Sketch of the medical history of the native army of Bombay, for the year
Year: 1876
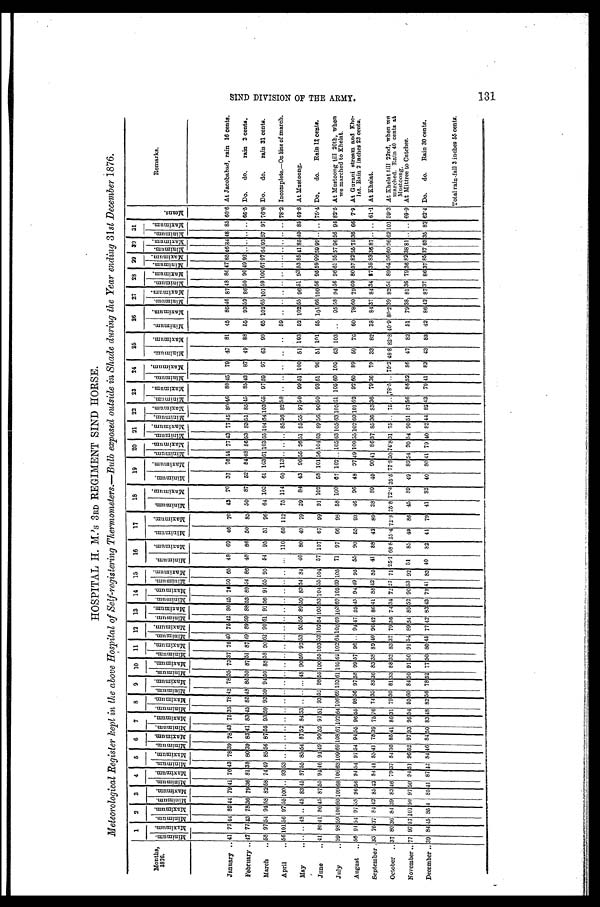
HOSPITAL H. M.'s 3RD REGIMENT SIND HORSE.
Meteorological Register kept in the above Hospital of Self-registering Thermometers.—Bulb exposed outside in Shade during the Year ending 31st December 1876.
M o n t h s , 1 8 7 6 .
1 2 3 4 5 6 7 8 9 10 11 12 13 14 15 16
17
18
19 20 21 22 23 24
25
26 27 28 29 30 31
M i n i m u m . M a x i m u m . M i n i m u m . M a x i m u m . M i n i m u m . M a x i m u m . M i n i m u m . M a x i m u m . M i n i m u m . M a x i m u m . M i n i m u m . M a x i m u m .
M i n i m u m .
Maximum.
M i n i m u m .
M a x i m u m . M i n i m u m . M a x i m u m . M i n i m u m . M a x i m u m . M i n i m u m . M a x i m u m . M i n i m u m . M a x i m u m . M i n i m u m . M a x i m u m . M i n i m u m . M a x i m u m . M i n i m u m . M a x i m u m .
M i n i m u m .
M a x i m u m .
M i n i m u m . M a x i m u m . M i n i m u m . M a x i m u m . M i n i m u m .
M a x i m u m . M i n i m u m . M a x i m u m . M i n i m u m . M a x i m u m .
M i n i m u m .
M a x i m u m . M i n i m u m . M a x i m u m . M i n i m u m . M a x i m u m .
M i n i m u m . M a x i m u m . M i n i m u m . M a x i m u m .
M i n i m u m . M a x i m u m . M i n i m u m . M a x i m u m .
M i n i m u m . M a x i m u m . M i n i m u m . M a x i m u m . M i n i m u m .
M a x i m u m .
Means.
Remarks.
January .. 41 77 44 82 44 79 41 76 43 78 39 78 43 75 35 7842 78 35 73 37 76 40 75 42 80 45 7650 65 48 69 46 70 43 70 37 76 44 77 43 77 45 80 46 80 45 79 47 81 45 85 46 87 48 86 47 85 46 84 48 85 60.6 At Jacobabad, rain 16 cents.
February .. 47 77 4 3 78 36 79 36 81 38 80 39 83 41 83 45 85 4 8 85 50 87 51 87 49 89 59 88 53 89 54 86 48 86 50 85 50 87 52 84 4 8 86 53 83 51 85 45 85 43 87 49 88 55 93 52 86 50 90 49 92 .. .. .. .. 66.5 Do. do. rain 3 cents.
March .. 58 97 54 94 58 82 58 74 49 85 56 87 55 93 59 93 59 94 50 88 58 9 0
62 90 61 91 56 91 55 95 54 95 51 96 64 103 61 10361 103 65 104 6 4
103 65 97 59 97 63 99 65 102 65 101 59 100 67 97 64 93 57 97 76.8 Do. do. rain 31 cents.
April .. 56 1 0 1 5 6 97 55 100 .. 93 53 .. .. .. .. .. .... . . . . . . . . . . . . . . . . . . . . . . . . . . . . . . 110 60 112 75 114 6 0 113 . . . . .. 85 36 82 58 .. .. .. .. .. 59 .. .. . . . . . . . . . . . . . . . . . . 78.2 Incomplete.—On line of march.
May
.. .. .. 48 .. 45 83 4 5 87 55 85 54 87 5 2 84 53 ... . . . . . 4 8 9 0 5 0 9 2
53 95 56 89 50 83 54 84 46 80 40 79 39 84 43 96 55 96 51 95 55 97 5 0 99 51 100 51 103 52 102 55 9651 93 53 85 41 85 40 85 69.8 At Mustoong.
June .. 41 80 41 86 45 87 55 94 46 94 4 9 90 52 97 51 93 52 9 8 5 5
100 555 1 0 3
52 102 54 105 53 10455 104 57 107 67 99 91 102 58 101 56 104 63 89 56 90 50 93 51 96 51 101 55 101 66 100 56 9559 99 59 99 .. .. 75.4 Do. do. Rain 12 cents.
July .. 5 9 98 59 100 60 109 68 106 63 1 0 9
69 108 67 102 64 106 69 103 61 105 6.2 102 64105 69 103 69 105 69 105 71 97 66 98 58 100 67 102 .. 105 63 105 6 3
105 6 1 105 60 100 63 103 .. 95 58 94 56 96 61 95 57 96 56 96 82.5 At Mustoong till 20th, when
we marched to Khelat.
August .. 56 91 54 97 5 8 96 56 94 54 97 54 94 55 96 55 98 5 6 9 7 5 8 9 9 5 7 96 . . 94 4 7 95 4 5 94 4 9 95 55 90 55 93 46 96 48 97 4 9 100 55 102 60 1 0 1 62 92 60 89 59 76 60 78 60 79 60 80 57 8 2 557536 66 7.9 At Gurani stream and Khe
- lat. Rain 2 inches 23 cents.
September . 3 3 76 37 84 4 2 85 4 2 8441 85 41 78 39 75 76 74 3 5 83 3 6 83 3 8 89 4 0 90 4 2 86 41 88 42 85 41 88 42 89 38 89 40 90 41 86 37 85 36 83 36 79 36 79 33 82 38 84 37 84 34 87 35 83 36 87 . . . . 61.1 At Khelat.
October .. 3 780 36 84 3 9 8 3 4 679 37 84 36 85 41 86 31 79 3 0 81 3 3 88 3 2 83 3 779 36 74 34 72 2 771 25.1 68.8 25.4 72.8 25.8 72.4 25.5 77.830 74.8 31 75 .. 75 .. 78.5 .. 75.2 48.8 82.8 40.9 80.2 39 82 54 89 64 96 60 96 62 101 59.3 At Khelat till 22nd, when we
marched. Rain 40 cents at
Mustoong.
November .. 7 7 97 5 7
101 50 97 5 0 94 51 96 52 97 9 3 95 5495 6 0 84 5 0 91 5 0 91 5 489 54 89 52 90 5 3 92 51 85 49 86 45 89 49 89 54 90 54 90 51 87 56 86 52 86 47 82 51 79 38 81 36 79 36 82 38 8 1 .. .. 69.9 At Mittree to Cutchee.
December .. 3 9 84 4 5 85 4 8 5 4 1 87 42 84 4 6 84 50 83 48 82 5 6 78 5 2 7 7 5 0 5 0 8 0 4 5 7 7 42 83 43 79 4 1 83 40 82 41 79 41 82 40 80 11 79 40 82 44 82 43 79 41 83 43 83 42 86 42 87 37 86 37 85 37 83 35 82 62.4 Do. do. Rain 30 cents.
Total rain-fall 3 inches 55 cents.
S I N D D I V I S I O N O F T H E A R M Y . 1 3 1